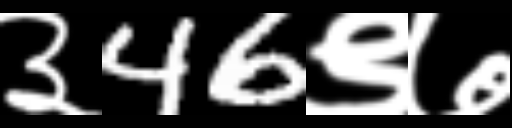
Text: ३46९७